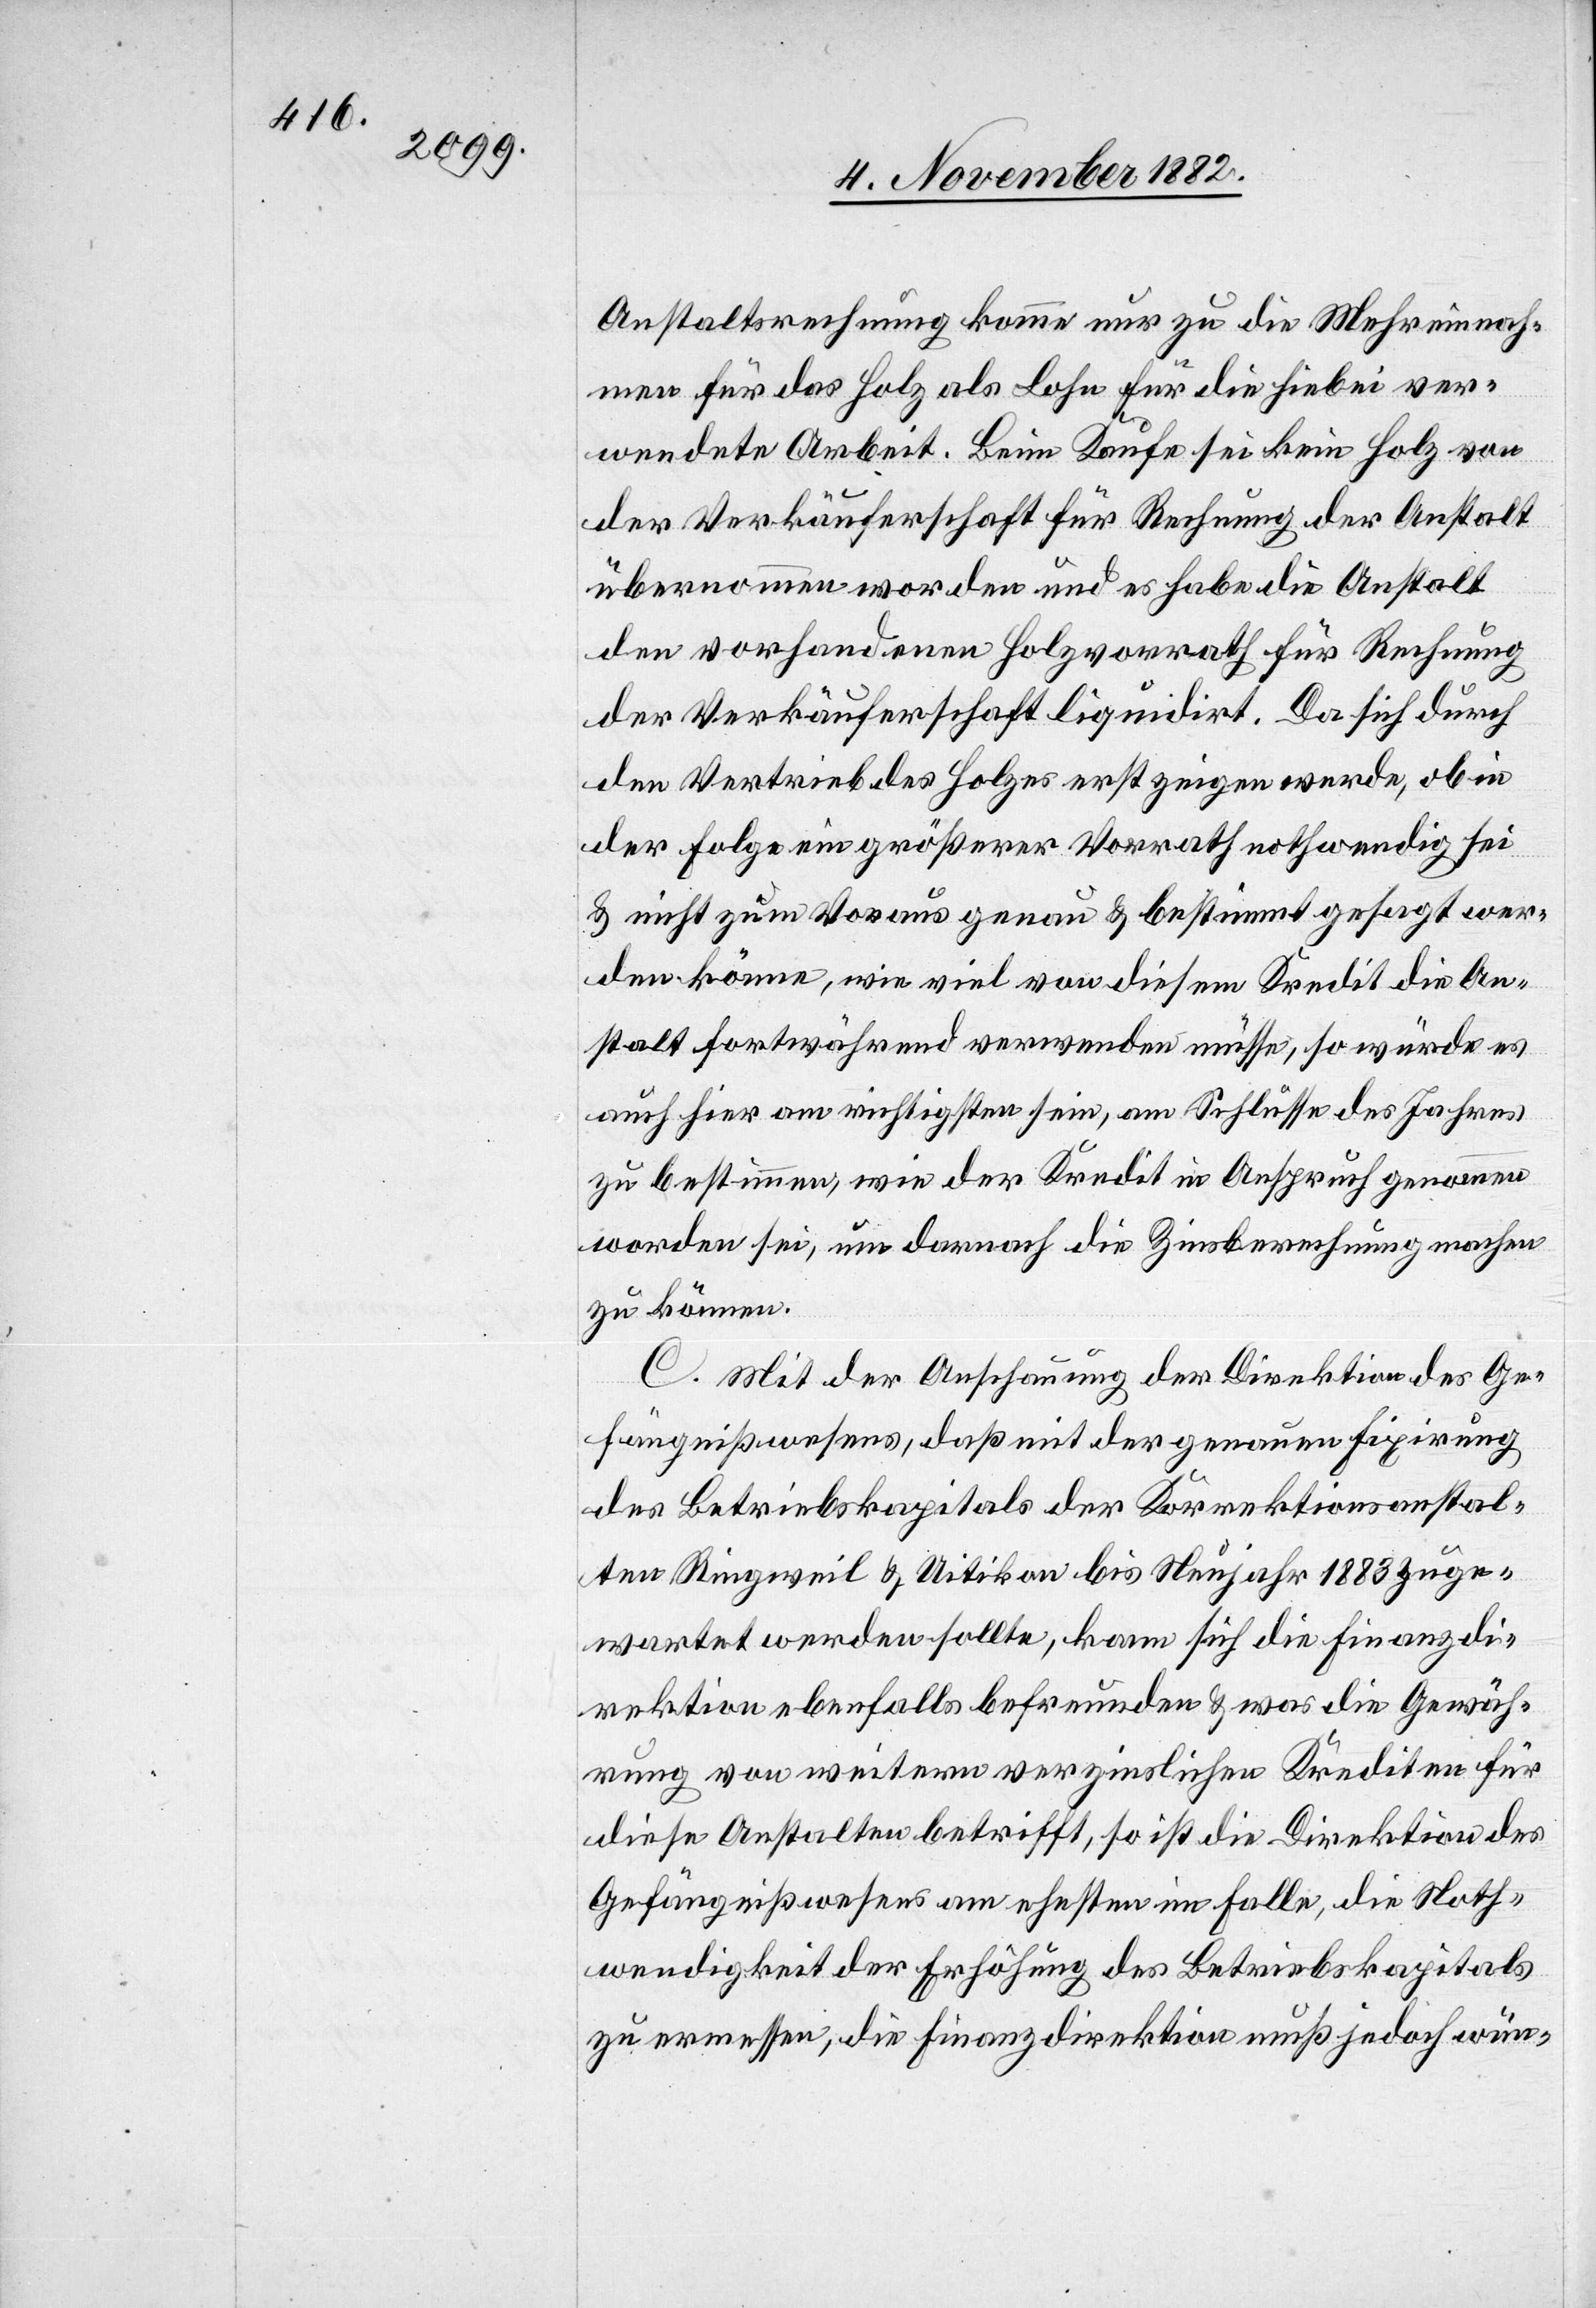
Anstaltsrechnung komme nur zu die Mehreinnah¬
men für das Holz als Lohn für die hiebei ver¬
wendete Arbeit, Beim Kaufe sei kein Holz von
der Verkäuferschaft für Rechnung der Anstalt
übernommen worden und es habe die Anstalt
den vorhandenen Holzvorrath für Rechnung
der Verkäuferschaft liquidirt. Da sich durch
den Vertrieb des Holzes erst zeigen werde, ob in
der Folge ein größerer Vorrath nothwendig sei
& nicht zum Voraus genau & bestimmt gesagt wer¬
den könne, wie viel von diesem Kredit die An¬
stalt fortwährend verwenden müsse, so würde es
auch hier am richtigsten sein, am Schlusse des Jahres
zu bestimmen, wie der Kredit in Anspruch genommen
worden sei, um darnach die Zinsberechnung machen
zu können.
C: Mit der Anschauung der Direktion des Ge¬
fängnißwesens, daß mit der genauen Fixirung
des Betriebskapitals der Korrektionsanstal¬
ten Ringweil & Uitikon bis Neujahr 1883 zuge¬
wartet werden sollte, kann sich die Finanzdi¬
rektion ebenfalls befreunden & was die Gewäh¬
rung von weitern verzinslichen Krediten für
diese Anstalten betrifft, so ist die Direktion des
Gefängnißwesens am ehesten im Falle, die Noth¬
wendigkeit der Erhöhung des Betriebskapitals
zu ermessen, die Finanzdirektion muß jedoch wün-